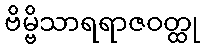
ဗိမ္ဗိသာရရာဇဝတ္ထု